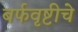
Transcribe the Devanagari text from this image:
बर्फवृष्टीचे